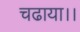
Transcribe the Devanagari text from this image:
चढाया।।